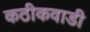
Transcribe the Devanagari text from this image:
कठीकवाडी